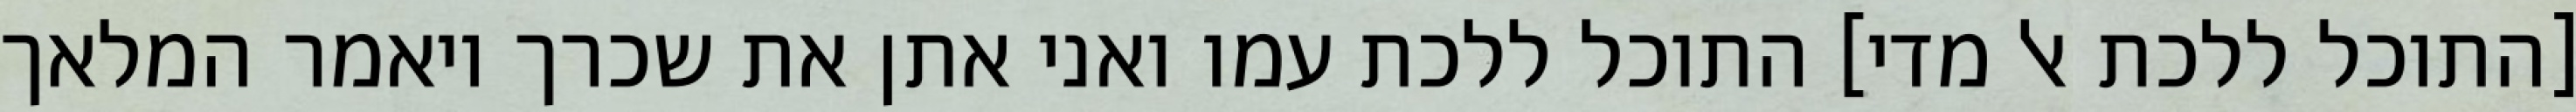
[התוכל ללכת אל מדי] התוכל ללכת עמו ואני אתן את שכרך ויאמר המלאך